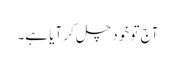
آج تو خود چل کر آیا ہے۔